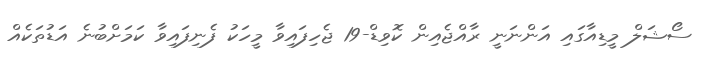
ސޯޝަލް މީޑިއާގައި އަންނަނީ ރާއްޖެއިން ކޮވިޑް-19 ޖެހިފައިވާ މީހަކު ފެނިފައިވާ ކަމަށްބުނެ އަޑުތަކެއް